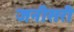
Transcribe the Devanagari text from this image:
जनीसरी